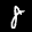
Label: 8